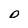
Character: O